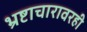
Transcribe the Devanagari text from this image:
भ्रष्टाचारावरही